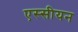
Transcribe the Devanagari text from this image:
एस्सीयन